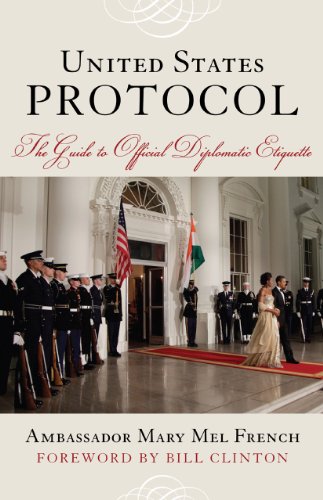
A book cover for United States Protocol: The Guide to Official Diplomatic Etiquette; Mary Mel Ambassador French; Reference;